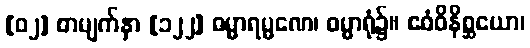
[၀၂] စာမျက်နှာ [၁၂၂] ဓမ္မာရမ္မဏေ၊ ဓမ္မာရုံ၌။ ဧဝံဝိနိစ္ဆယော၊